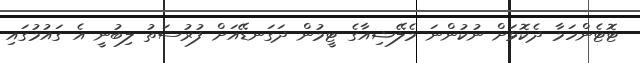
ޓޮޓެންހަމާ ދެކޮޅަށް ނުކުންނަ މެލޭޝިއާގެ ޓީމުން ދަގަނޑޭއަށް ފުރުސަތު ލިބުނީ އެ ގައުމުގައި